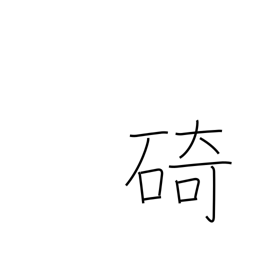
Meaning: cape